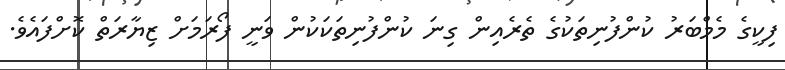
ފިކީގެ މެމްބަރު ކުންފުނިތަކުގެ ތެރެއިން ގިނަ ކުންފުނިތަކަކުން ވަނީ ފޯރަމަށް ޒިޔާރަތް ކޮށްފައެވެ.